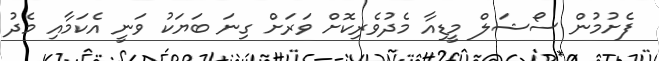
ފެށުމުން ސޯޝަލް މީޑިއާ މެދުވެރިކޮށް ވަރަށް ގިނަ ބަޔަކު ވަނީ އެކަމާއި މެދު